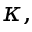
\kappa ,